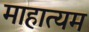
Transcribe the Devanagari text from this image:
माहात्यम